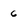
Character: 6